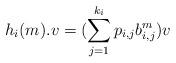
LaTeX: \begin{align*}h_i(m).v=(\sum_{j=1}^{k_i}p_{i,j}b_{i,j}^m)v\end{align*}